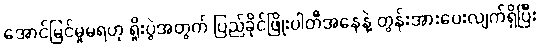
အောင်မြင်မှုမရဟု ရှိုးပွဲအတွက် ပြည်ခိုင်ဖြိုးပါတီအနေနဲ့ တွန်းအားပေးလျက်ရှိပြီး